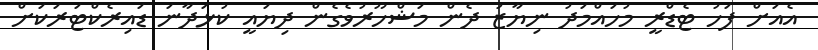
އެއަށް ފަހު ޓެޑްރީ މުހައްމަދު ނިޔާޒު ދެން މަޝްހޫރުވެގެން ދިޔައީ ކުޅަދާނަ ޑައިރެކްޓަރަކަށް